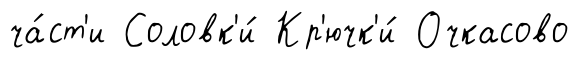
ча́ст'и Соловк'и́ Кр'ючк'и́ Очкасово